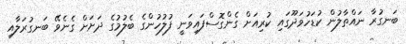
ބަނގުރާ ނައްތާލުން ކުޑަހުވަދޫގައި ކުރިއަށް ގެންގޮސްފައިވަނީ ފުލުހުންގެ ބެލުމުގެ ދަށަށް ގެނެވޭ ބަނގުރަލާއި